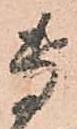
専